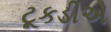
ટૂકડીએ